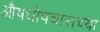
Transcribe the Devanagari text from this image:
औषधोपचारांच्या